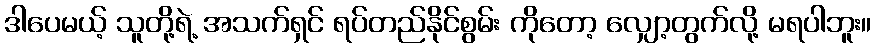
ဒါပေမယ့် သူတို့ရဲ့ အသက်ရှင် ရပ်တည်နိုင်စွမ်း ကိုတော့ လျှော့တွက်လို့ မရပါဘူး။